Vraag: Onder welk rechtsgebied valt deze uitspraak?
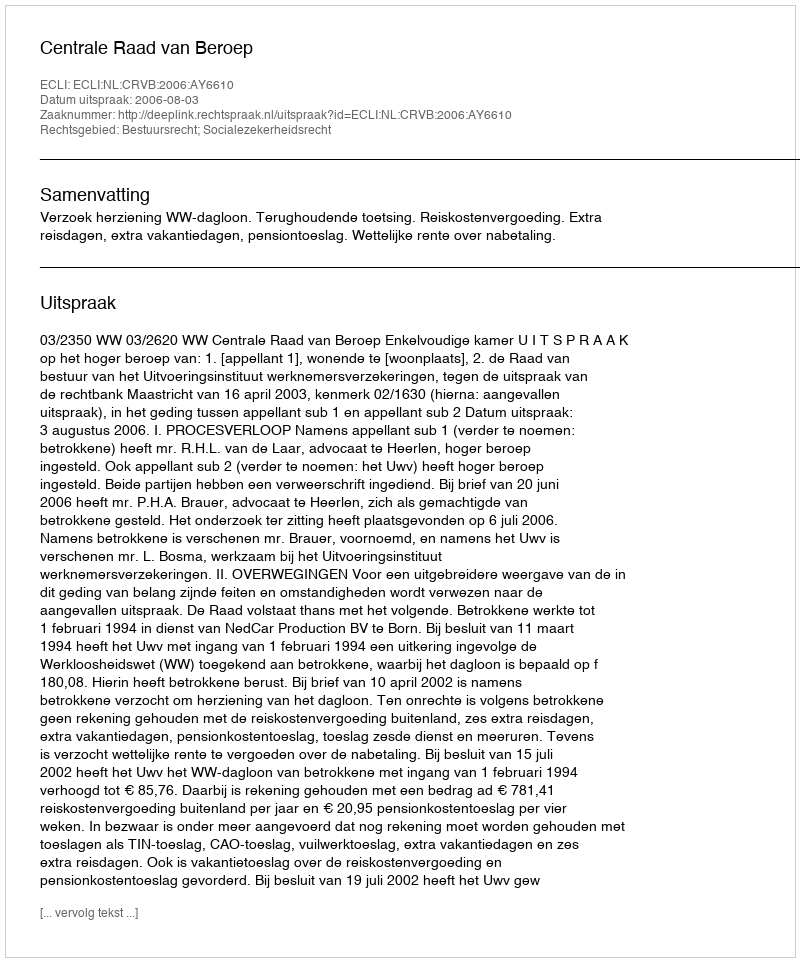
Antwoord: Bestuursrecht; Socialezekerheidsrecht